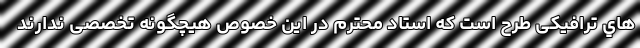
هاي ترافیکی طرح است که استاد محترم در این خصوص هیچگونه تخصصی ندارند